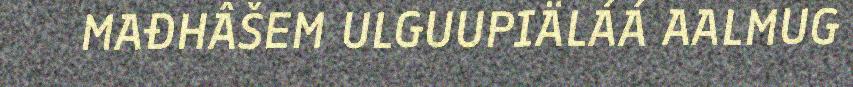
MAĐHÂŠEM ULGUUPIÄLÁÁ AALMUG